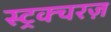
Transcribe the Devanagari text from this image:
स्ट्रक्चरज़